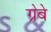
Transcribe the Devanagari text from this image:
ग्रेबे